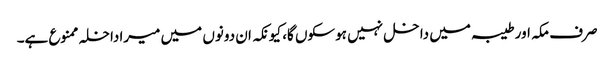
صرف مکہ اور طیبہ میں داخل نہیں ہوسکوں گا، کیونکہ ان دونوں میں میراداخلہ ممنوع ہے۔